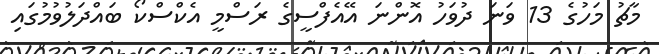
މާޗު މަހުގެ 13 ވަނަ ދުވަހު އޮންނަ އޭއެފްސީގެ ރަސްމީ އެކްސްކޯ ބައްދަލުވުމުގައި